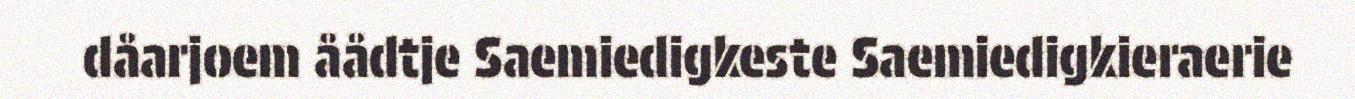
dåarjoem åådtje Saemiedigkeste Saemiedigkieraerie